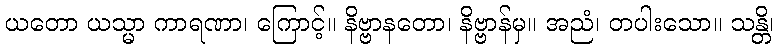
ယတော ယသ္မာ ကာရဏာ၊ ကြောင့်။ နိဗ္ဗာနတော၊ နိဗ္ဗာန်မှ။ အညံ၊ တပါးသော။ သန္တိ၊